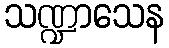
သဏ္ဍာသေန